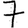
Digit: 7